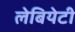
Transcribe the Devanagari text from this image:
लेबियेटी